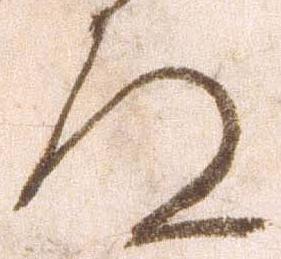
道